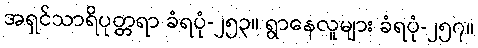
အရှင်သာရိပုတ္တရာ ခံရပုံ-၂၅၃။ ရွာနေလူများ ခံရပုံ-၂၅၇။